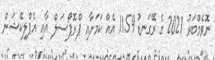
ނޮވެމްބަރު 2021 ގެ ރޭގަނޑު 11.59 އެއް ކަމަށާއި ޕްރޮޕޯސަލް އާއި އެޕްލިކޭޝަން